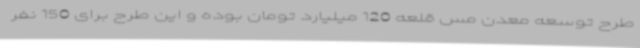
طرح توسعه معدن مس قلعه 120 میلیارد تومان بوده و این طرح برای 150 نفر